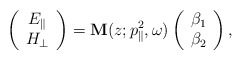
\begin{align*}\left(\begin{array}{c} E_{\parallel}\\H_{\perp} \end{array}\right) = \mathbf{M}(z; p_{\parallel}^2, \omega) \left(\begin{array}{c} \beta_1\\\beta_2 \end{array}\right),\end{align*}